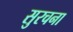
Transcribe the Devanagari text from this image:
सुरचना